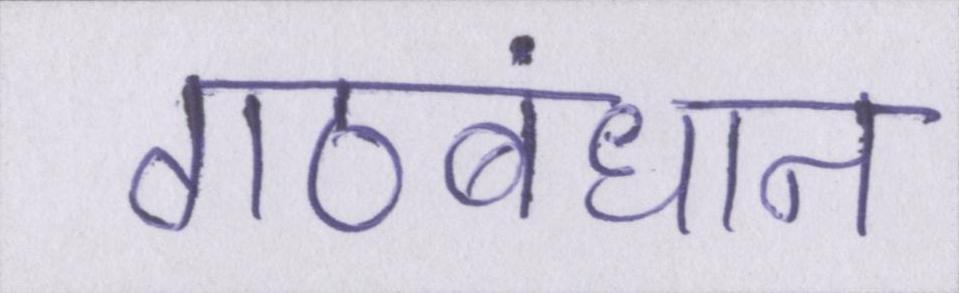
गठबंधान